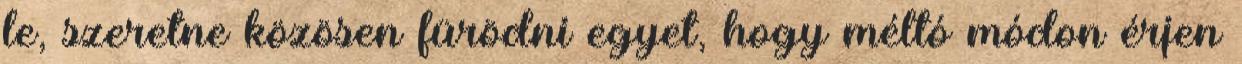
le, szeretne közösen fürödni egyet, hogy méltó módon érjen